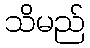
သိမည်